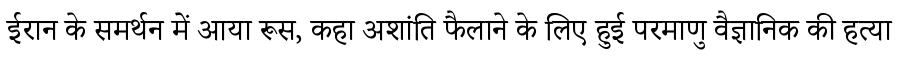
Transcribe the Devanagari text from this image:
ईरान के समर्थन में आया रूस, कहा अशांति फैलाने के लिए हुई परमाणु वैज्ञानिक की हत्या